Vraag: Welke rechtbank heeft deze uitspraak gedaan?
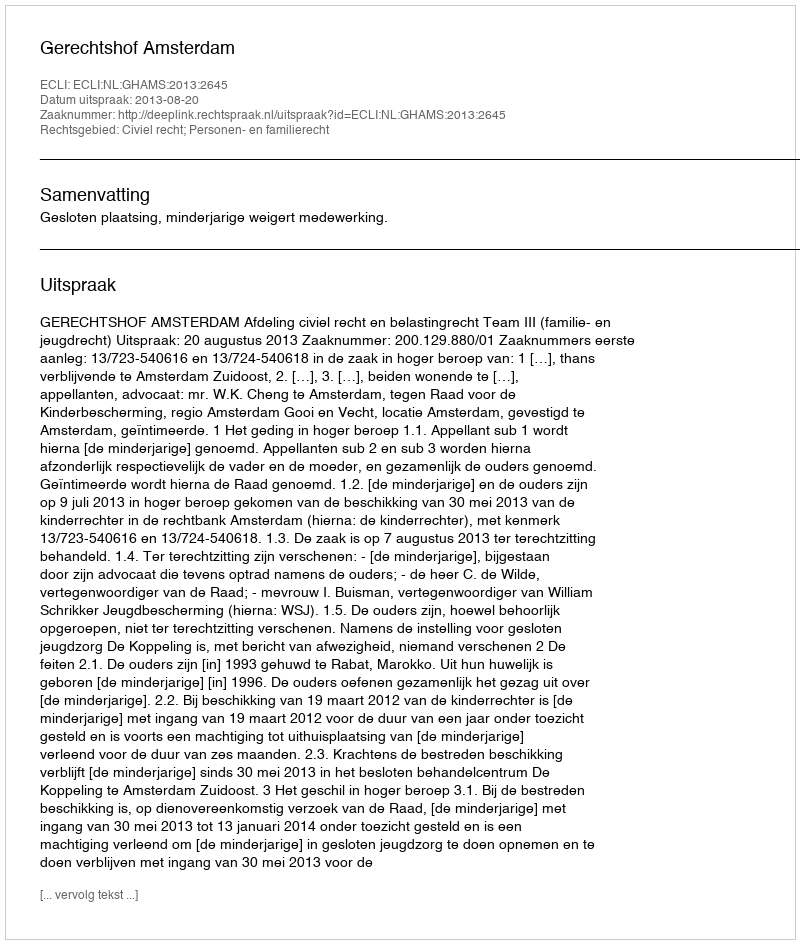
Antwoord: Gerechtshof Amsterdam